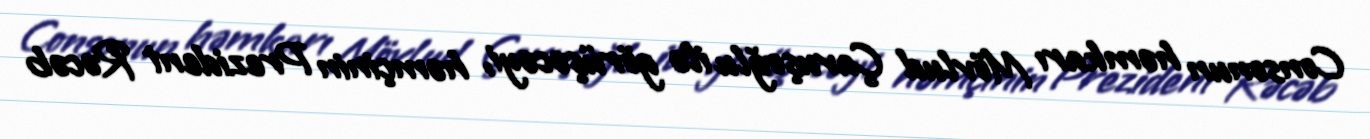
Consonun həmkarı Mövlud Çavuşoğlu ilə görüşəcəyi, həmçinin Prezident Rəcəb